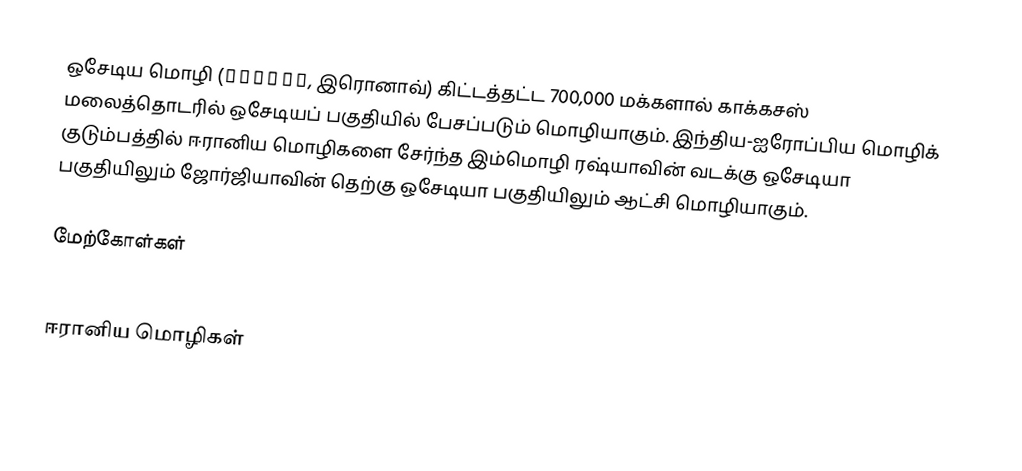
ஒசேடிய மொழி (Иронау, இரொனாவ்) கிட்டத்தட்ட 700,000 மக்களால் காக்கசஸ் மலைத்தொடரில் ஒசேடியப் பகுதியில் பேசப்படும் மொழியாகும். இந்திய-ஐரோப்பிய மொழிக் குடும்பத்தில் ஈரானிய மொழிகளை சேர்ந்த இம்மொழி ரஷ்யாவின் வடக்கு ஒசேடியா பகுதியிலும் ஜோர்ஜியாவின் தெற்கு ஒசேடியா பகுதியிலும் ஆட்சி மொழியாகும்.

மேற்கோள்கள்

ஈரானிய மொழிகள்